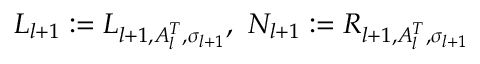
L _ { l + 1 } : = L _ { l + 1 , A _ { l } ^ { T } , \sigma _ { l + 1 } } , \ N _ { l + 1 } : = R _ { l + 1 , A _ { l } ^ { T } , \sigma _ { l + 1 } }